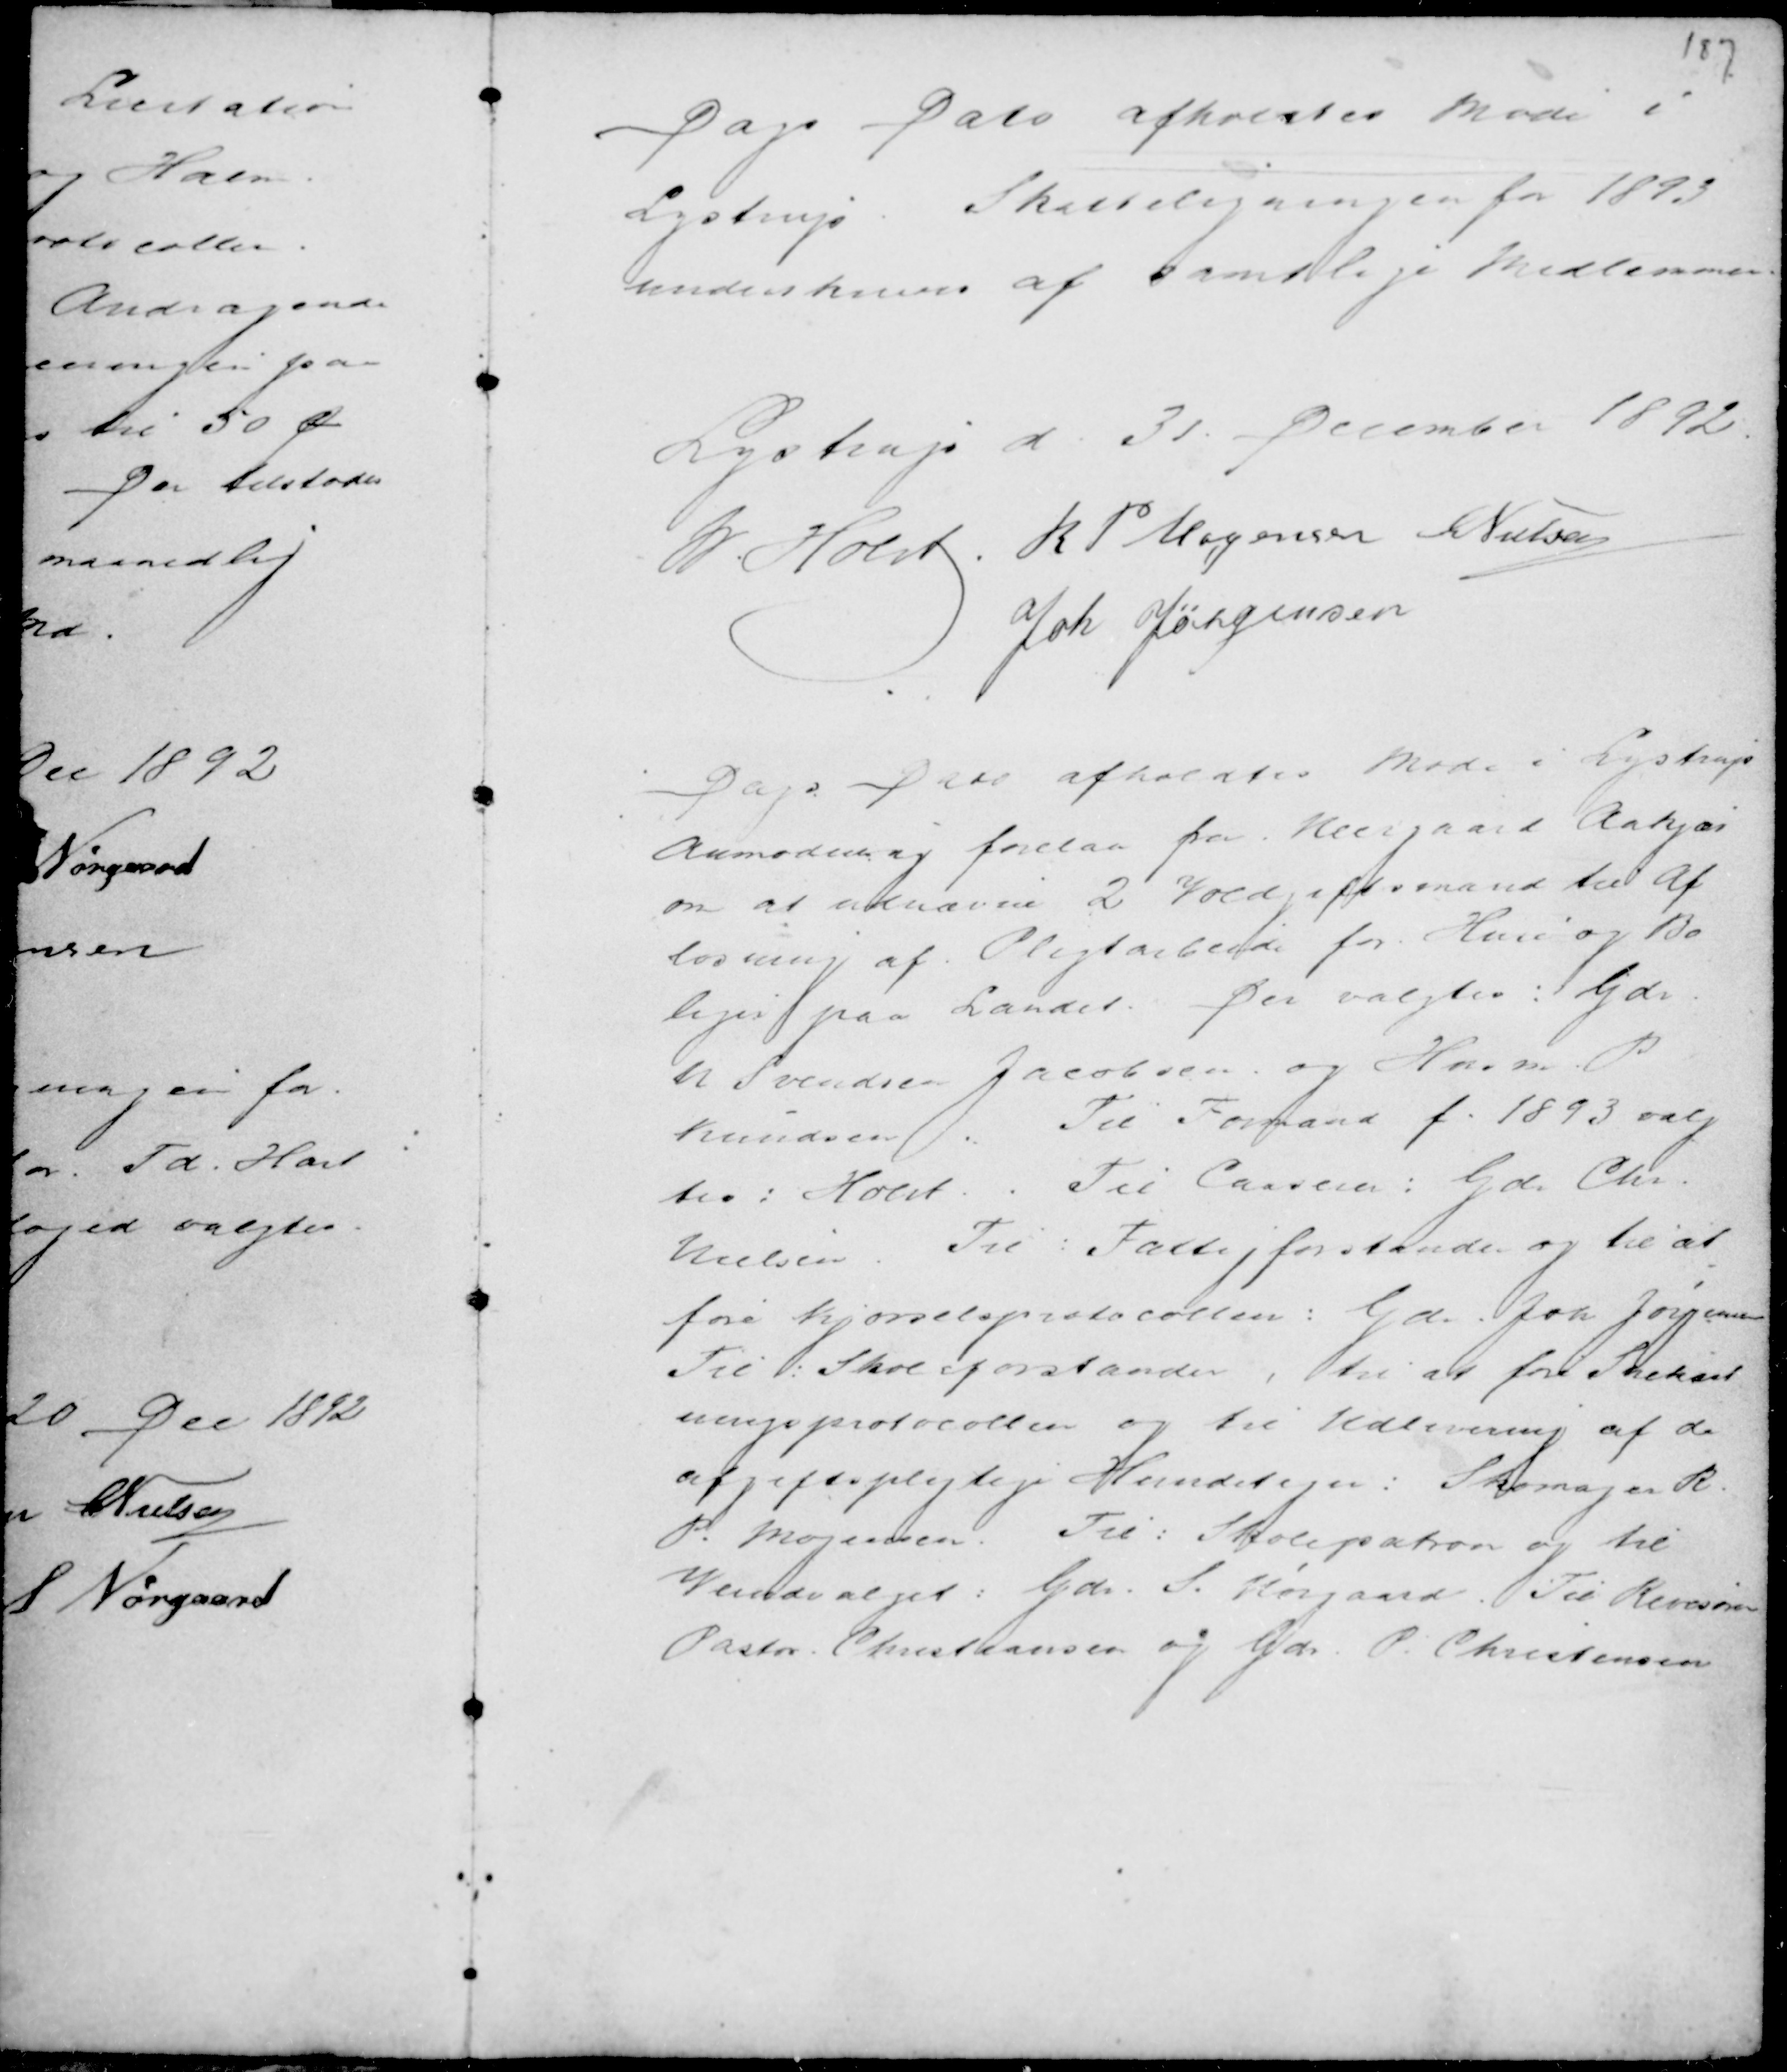
Transskription:
Dags Dato afholdtes Møde i
Lystrup. Skatteligningen for 1893
underskreves af samtlige Medlemmer.

Elsted Sogneraad d. 31 December 1892.
M Holst . R P Mogensen C Nielsen
Joh Jørgensen

Dags Dato afholdtes Møde i Lystrup
Anmodning forelaa fra Veisgaard Aakjær
om at udnævne 2 Voldgiftsmænd til Af
løsning af Pligtarbejde for Huse og Bo
liger paa Landet. Der valgtes : Gdr
N Svendsen Jacobsen og Husm. P
Knudsen. Til Formand f. 1893 valg
tes Holst. Til Casserer : Gdr Chr.
Nielsen. Til Fattigforstander og til at
føre Kjørselsprotocollen : Gdr Joh Jørgensen
Til Skoleforstander, til at føre Snekast
ningsprotocollen og til Udlevering af de
afgiftsprigtige Hundetegn : Skomager R
P. Mogensen. Til : Skolepatron og til
Veiudvalget : Gdr. S. Nørgaard. Til Revisor
Pastor Christiansen og Gdr P. Christensen